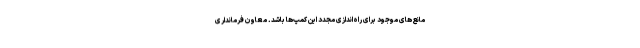
مانع‌های موجود برای راه‌اندازی مجدد این کمپ‌ها باشد. معاون فرمانداری